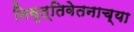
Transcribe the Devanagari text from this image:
निवृत्तिवेतनाच्या